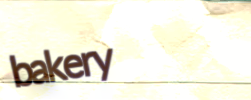
bakery